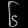
Digit: ၆